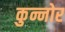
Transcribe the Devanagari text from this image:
कुन्नोर